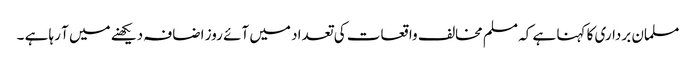
مسلمان برداری کا کہنا ہے کہ مسلم مخالف واقعات کی تعداد میں آئے روز اضافہ دیکھنے میں آ رہا ہے ۔